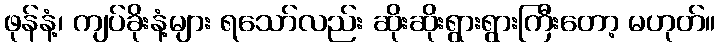
ဖုန်နံ့၊ ကျပ်ခိုးနံ့များ ရသော်လည်း ဆိုးဆိုးရွားရွားကြီးတော့ မဟုတ်။